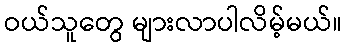
ဝယ်သူတွေ များလာပါလိမ့်မယ်။